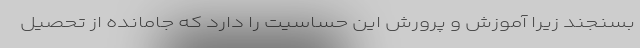
بسنجند زیرا آموزش و پرورش این حساسیت را دارد که جامانده از تحصیل